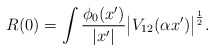
\begin{align*}R(0) = \int \frac{\phi_0 (x')}{|x'|} \bigl|V_{12} (\alpha x')\bigr|^{\frac 12} . \end{align*}